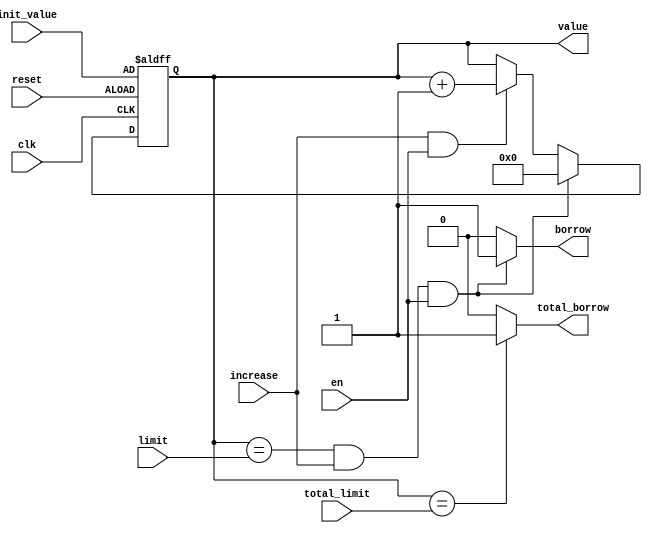
module special_limit_counter(
    output [3:0] value,
    output borrow,
    output total_borrow,
    input clk,
    input reset,
    input increase,
    input [3:0] total_limit,
    input [3:0] init_value,
    input [3:0] limit,
    input en
    );
    
reg [3:0] value;
reg [3:0] value_tmp;
reg borrow, total_borrow;
    
always @(total_limit or value) 
begin
    if(value == total_limit)
        total_borrow <= 1;
    else 
        total_borrow <= 0;
end   
    
always @(value or increase or en or limit)
begin
    if (value == limit && increase && en)
    begin
        value_tmp = 4'd0;
        borrow = 1;
    end
    else if (increase && en)
    begin
        value_tmp = value + 4'd1;
        borrow = 0;
    end
    else if (en)
    begin
        value_tmp = value;
        borrow = 0;
    end
    else
    begin
        value_tmp = value;
        borrow = 0;
    end
end
   
always @(posedge clk or negedge reset)
begin
    if(~reset)
        value <= init_value;
    else
        value <= value_tmp;
end

endmodule